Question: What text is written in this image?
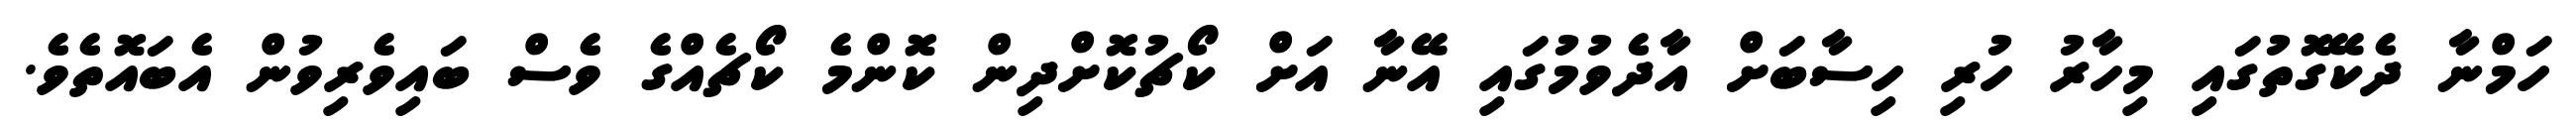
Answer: ހަމްނާ ދެކޭގޮތުގައި މިހާރު ހުރި ހިސާބަށް އާދެވުމުގައި އޭނާ އަށް ކޯޗުކޮށްދިން ކޮންމެ ކޯޗެއްގެ ވެސް ބައިވެރިވުން އެބައޮތެވެ.